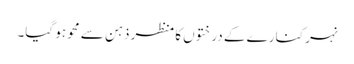
نہر کنارے کے درختوں کا منظر ذہن سے محو ہو گیا۔